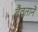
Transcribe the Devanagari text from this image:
दैवताने